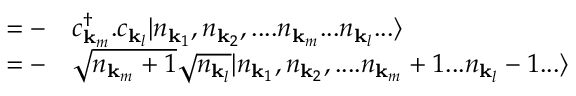
\begin{array} { r l } { = { } - } & { { } c _ { { \mathbf { k } } _ { m } } ^ { \dagger } . c _ { { \mathbf { k } } _ { l } } | n _ { { \mathbf { k } } _ { 1 } } , n _ { { \mathbf { k } } _ { 2 } } , . . . . n _ { { \mathbf { k } } _ { m } } . . . n _ { { \mathbf { k } } _ { l } } . . . \rangle } \\ { = { } - } & { { } { \sqrt { n _ { { \mathbf { k } } _ { m } } + 1 } } { \sqrt { n _ { { \mathbf { k } } _ { l } } } } | n _ { { \mathbf { k } } _ { 1 } } , n _ { { \mathbf { k } } _ { 2 } } , . . . . n _ { { \mathbf { k } } _ { m } } + 1 . . . n _ { { \mathbf { k } } _ { l } } - 1 . . . \rangle } \end{array}